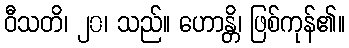
ဝီသတိ၊ ၂၀၊ သည်။ ဟောန္တိ၊ ဖြစ်ကုန်၏။